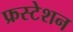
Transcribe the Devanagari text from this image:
फ्रस्टेशन